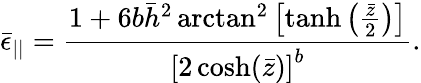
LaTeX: \bar{\epsilon}_{||}=\frac{1+6b\bar{h}^{2}\arctan^{2}\left[\operatorname{tanh}\left(\frac{\bar{z}}{2}\right)\right]}{\left[2\cosh(\bar{z})\right]^{b}}.